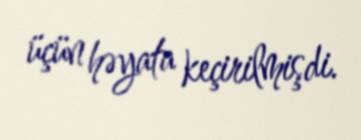
üçün həyata keçirilmişdi.